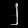
Digit: ၂